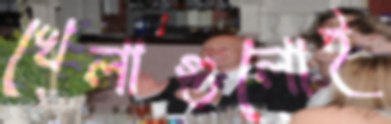
খেলাগুলোই